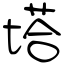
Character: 塔